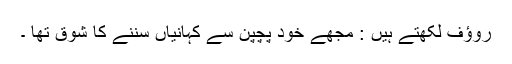
روؤف لکھتے ہیں : مجھے خود پچپن سے کہانیاں سننے کا شوق تھا ۔